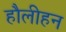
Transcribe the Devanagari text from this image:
हौलीहन